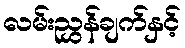
လမ်းညွှန်ချက်နှင့်